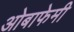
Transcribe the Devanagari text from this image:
ओबाफेमी